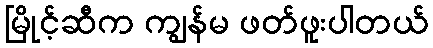
မြိုင့်ဆီက ကျွန်မ ဖတ်ဖူးပါတယ်